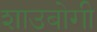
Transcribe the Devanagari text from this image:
शाउबोगी